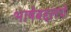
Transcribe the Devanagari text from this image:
भाषेबद्दलचे